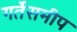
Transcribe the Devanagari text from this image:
गर्तेसमीप